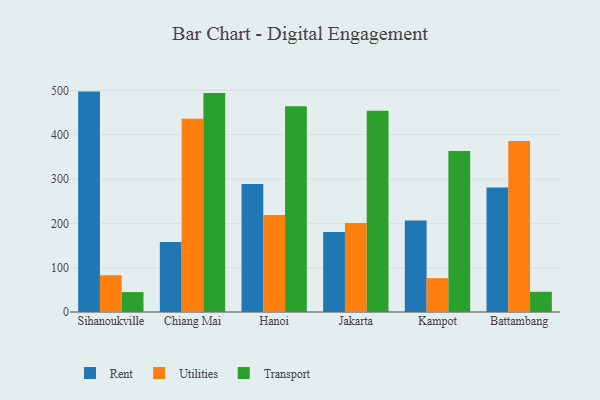
{"axis": {"x": "City", "y": "Humidity (%)"}, "legend": ["Rent", "Transport", "Utilities"], "data": [{"x": "Sihanoukville", "y": 497.2, "type": "Rent"}, {"x": "Sihanoukville", "y": 82.9, "type": "Utilities"}, {"x": "Sihanoukville", "y": 44.9, "type": "Transport"}, {"x": "Chiang Mai", "y": 157.7, "type": "Rent"}, {"x": "Chiang Mai", "y": 436.0, "type": "Utilities"}, {"x": "Chiang Mai", "y": 494.1, "type": "Transport"}, {"x": "Hanoi", "y": 288.8, "type": "Rent"}, {"x": "Hanoi", "y": 218.7, "type": "Utilities"}, {"x": "Hanoi", "y": 464.2, "type": "Transport"}, {"x": "Jakarta", "y": 180.3, "type": "Rent"}, {"x": "Jakarta", "y": 200.9, "type": "Utilities"}, {"x": "Jakarta", "y": 453.8, "type": "Transport"}, {"x": "Kampot", "y": 206.5, "type": "Rent"}, {"x": "Kampot", "y": 76.4, "type": "Utilities"}, {"x": "Kampot", "y": 363.0, "type": "Transport"}, {"x": "Battambang", "y": 280.9, "type": "Rent"}, {"x": "Battambang", "y": 385.6, "type": "Utilities"}, {"x": "Battambang", "y": 45.6, "type": "Transport"}]}